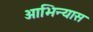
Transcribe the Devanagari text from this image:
आभिन्यास